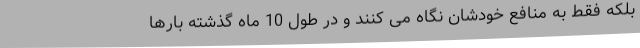
بلکه فقط به منافع خودشان نگاه می کنند و در طول 10 ماه گذشته بارها